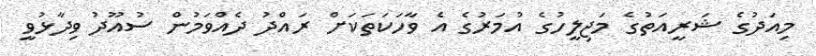
މިއަދުގެ ޝަރީއަތުގެ މަޖިލީހުގެ އުމަރުގެ އެ ވާހަކަތަކަށް ރައްދު ދެއްވަމުން ސުއޫދު ވިދާޅުވީ